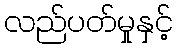
လည်ပတ်မှုနှင့်